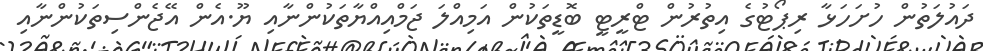
ދައުލަތުން ހުށަހަޅާ ރިޕޯޓުގެ އިތުރުން ޓްރީޓީ ބޮޑީތަކުން އަމިއްލަ ޖަމްއިއްޔާތަކުންނާއި ޔޫ.އެން އޭޖެންސިތަކުންނާއި